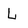
Character: l